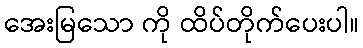
အေးမြသော ကို ထိပ်တိုက်ပေးပါ။